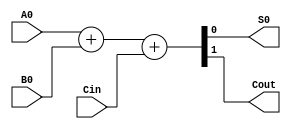
module FullAdder (
    input  wire A0,
    input  wire B0,
    input  wire Cin,
    output wire S0,
    output wire Cout
);

assign {Cout, S0} = A0 + B0 + Cin;
    
endmodule